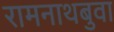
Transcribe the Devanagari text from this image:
रामनाथबुवा